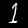
Digit: 1